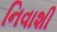
નિવાશી